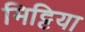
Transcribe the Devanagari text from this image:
मिट्टिया